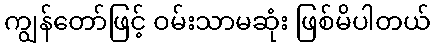
ကျွန်တော်ဖြင့် ဝမ်းသာမဆုံး ဖြစ်မိပါတယ်